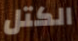
الكتل